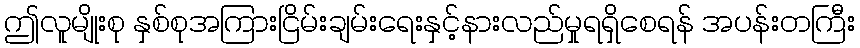
ဤလူမျိုးစု နှစ်စုအကြားငြိမ်းချမ်းရေးနှင့်နားလည်မှုရရှိစေရန် အပန်းတကြီး